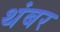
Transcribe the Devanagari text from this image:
थंबर